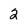
Character: 2